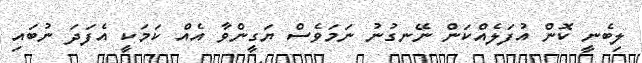
ލިބެނީ ކޮން އުފަލެއްކަން ނޭނގުނު ނަމަވެސް ޔަގީންވާ އެއް ކަމަކީ އެފަދަ ނުބައި